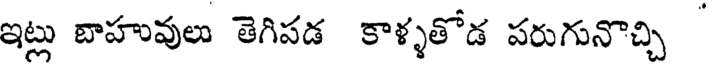
ఇట్లు బాహువులు తెగిపడ కాళ్ళతోడ పరుగునొచ్చి